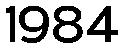
1984